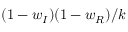
( 1 - w _ { I } ) ( 1 - w _ { R } ) / k